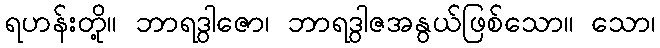
ရဟန်းတို့။ ဘာရဒွါဇော၊ ဘာရဒွါဇအနွယ်ဖြစ်သော။ သော၊